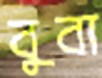
বুবা